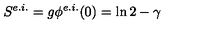
S ^ { e . i . } = g \phi ^ { e . i . } ( 0 ) = \ln 2 - \gamma